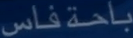
براحة فاس